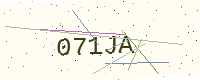
Text: 071JA